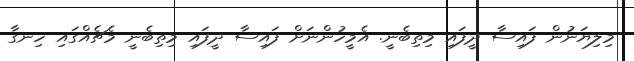
މިލިޔަނުން ފައިސާ ދީފައި މިތިބެނީ. އެމީހުންނަށް ފައިސާ ދީފައި މިތިބެނީ މެޗެއްގައި ހިނގާ